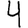
Digit: 4